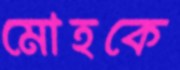
মোহকে